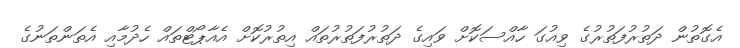
އެގޮތުން ދަތުރުފަތުރުގެ ވިއުގަ ހާއްސަކޮށް ވައިގެ ދަތުރުފަތުރުތައް އިތުރުކޮށް އެއާޕޯޓްތައް ހެދުމާއި އެތަންތަނުގެ